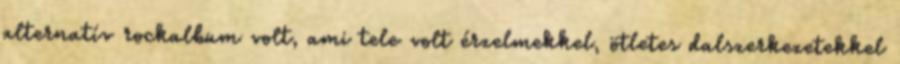
alternatív rockalbum volt, ami tele volt érzelmekkel, ötletes dalszerkezetekkel